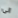
الى